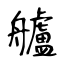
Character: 艫